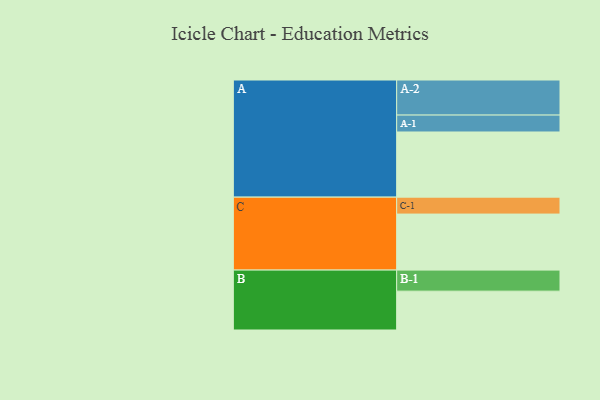
{"axis": {"x": "Segment", "y": "Value"}, "legend": ["", "A", "B", "C"], "data": [{"x": "A", "y": 535, "type": ""}, {"x": "B", "y": 319, "type": ""}, {"x": "C", "y": 460, "type": ""}, {"x": "A-1", "y": 139, "type": "A"}, {"x": "A-2", "y": 288, "type": "A"}, {"x": "B-1", "y": 173, "type": "B"}, {"x": "C-1", "y": 139, "type": "C"}]}